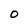
Character: 0